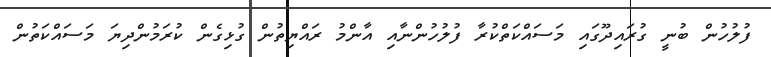
ފުލުހުން ބުނީ ގުރައިދޫގައި މަސައްކަތްކުރާ ފުލުހުންނާއި އާންމު ރައްޔިތުން ގުޅިގެން ކުރަމުންދިޔަ މަސައްކަތުން